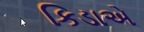
કિડાએ